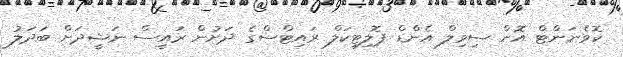
ކޮވެނަންޓް އޮން ސިވިލް އެންޑް ޕޮލިޓިކަލް ރައިޓްސްގެ ދަށުން ރައީސް ނަޝީދަށް ބަދަލު